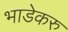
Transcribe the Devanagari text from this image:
भाडेकरु